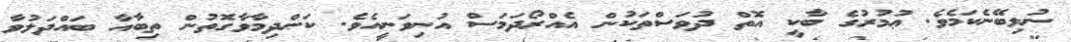
ނުލިބޭނެކަމެވެ. ޢުމުރުގެ ބާކީ އޮތް ދުވަސްތަކުން އެއްރޯދަމަސް އުނިވަނީއެވެ. ކަންދިމާވާގޮތުން ތިބާއާ ބައްދަލުވާ